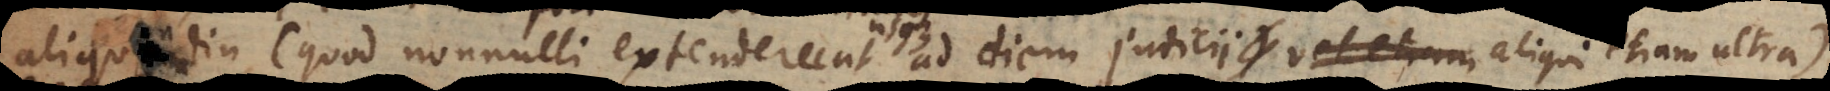
aliquandiu (quod nonnulli extenderunt ad diem judicii vel etiam detineri, ibique